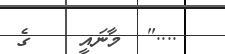
...."  މާނައީ    ގެ